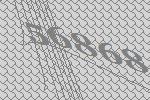
56868